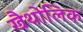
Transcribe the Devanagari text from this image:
खैथोलिक